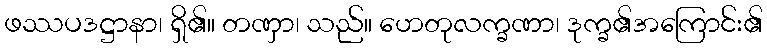
ဖဿပဒဋ္ဌာနာ၊ ရှိ၏။ တဏှာ၊ သည်။ ဟေတုလက္ခဏာ၊ ဒုက္ခ၏အကြောင်း၏